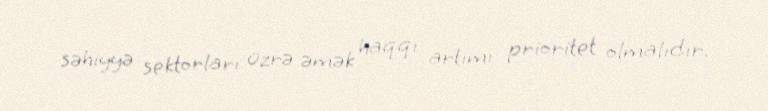
səhiyyə sektorları üzrə əmək haqqı artımı prioritet olmalıdır.